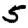
Digit: 5